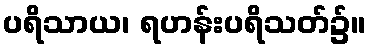
ပရိသာယ၊ ရဟန်းပရိသတ်၌။